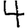
Digit: 4